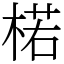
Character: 楉